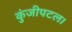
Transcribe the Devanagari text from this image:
कुंजीपटल।